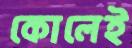
কোলেই